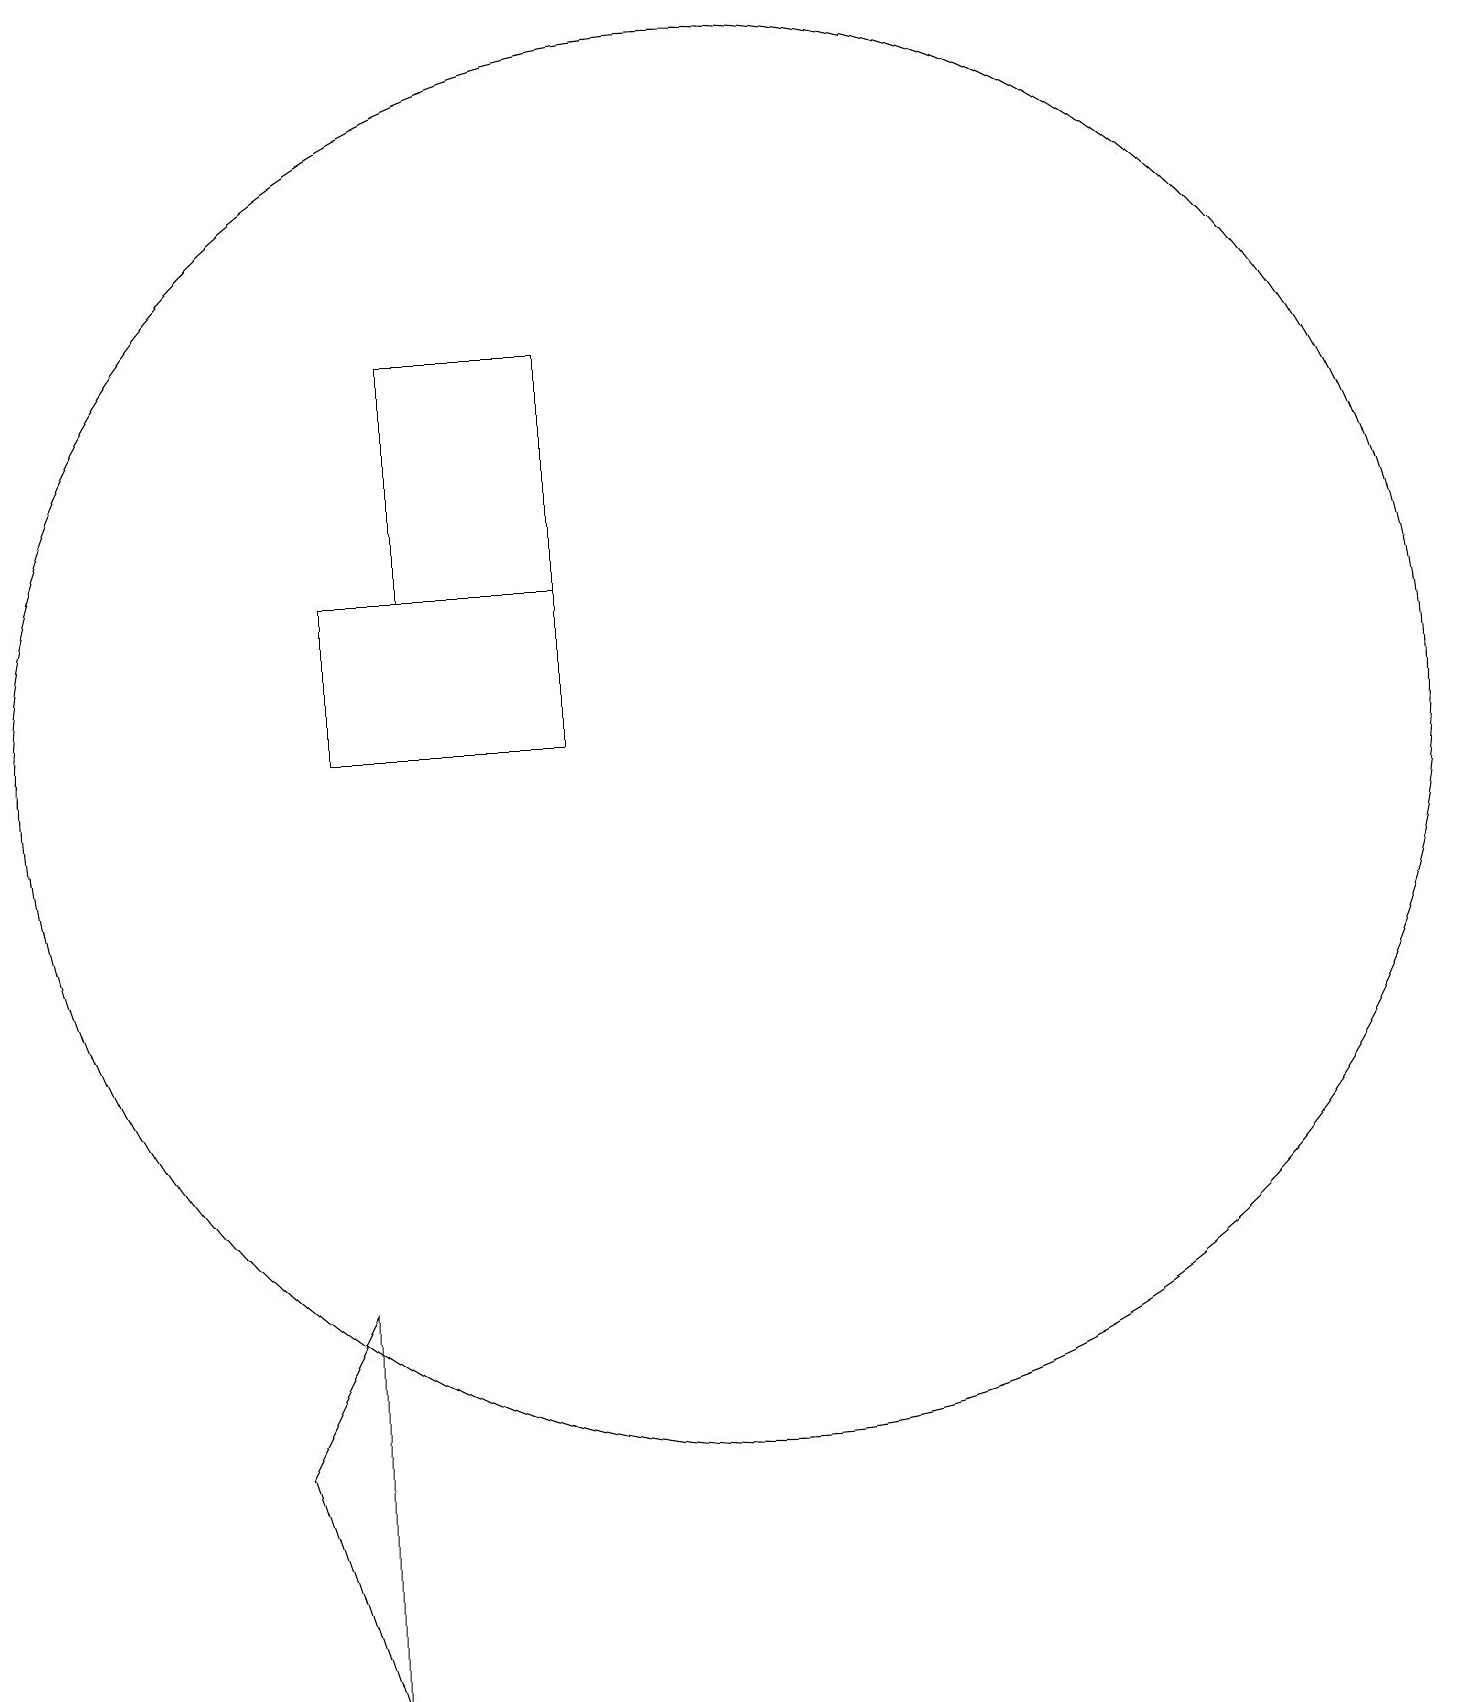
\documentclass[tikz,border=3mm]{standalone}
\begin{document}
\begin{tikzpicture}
\draw (6,5) -- (5,3) -- (6,0) -- cycle;
\draw (6,12) rectangle (9,14);
\draw (9,17) rectangle (7,14);
\draw (11,12) circle (9);
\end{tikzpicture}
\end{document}